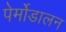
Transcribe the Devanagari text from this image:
पेर्मोडालन